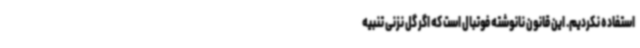
استفاده نکردیم. این قانون نانوشته فوتبال است که اگر گل نزنی تنبیه